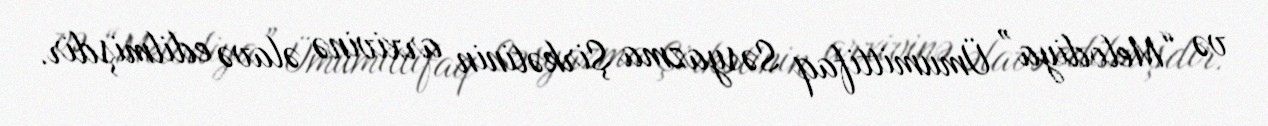
və “Melodiya” Ümumittifaq Səsyazma Şirkətinin arxivinə əlavə edilmişdir.